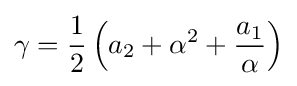
\gamma ={\frac {1}{2}}\left(a_{2}+\alpha ^{2}+{\frac {a_{1}}{\alpha }}\right)